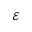
\mathcal { E }